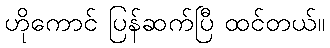
ဟိုကောင် ပြန်ဆက်ပြီ ထင်တယ်။